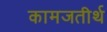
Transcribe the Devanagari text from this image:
कामजतीर्थ